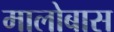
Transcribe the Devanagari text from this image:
मालोबास